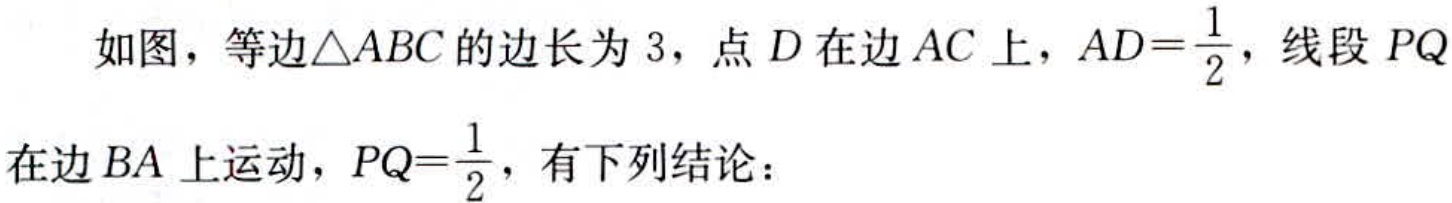
如图，等边\(\triangle ABC\)的边长为\(3\)，点\(D\)在边\(AC\)上，\(AD = \frac{1}{2}\)，线段\(PQ\)在边\(BA\)上运动，\(PQ = \frac{1}{2}\)，有下列结论：